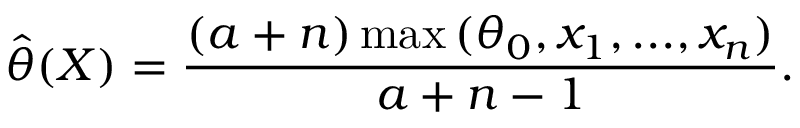
{ \widehat { \theta } } ( X ) = { \frac { ( a + n ) \operatorname* { m a x } { ( \theta _ { 0 } , x _ { 1 } , . . . , x _ { n } ) } } { a + n - 1 } } .